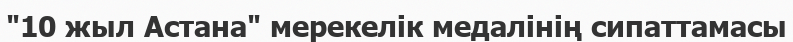
"10 жыл Астана" мерекелік медалінің сипаттамасы